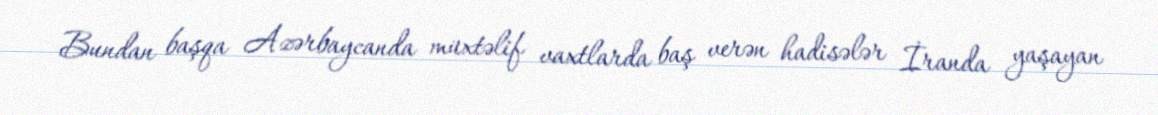
Bundan başqa Azərbaycanda müxtəlif vaxtlarda baş verən hadisələr İranda yaşayan